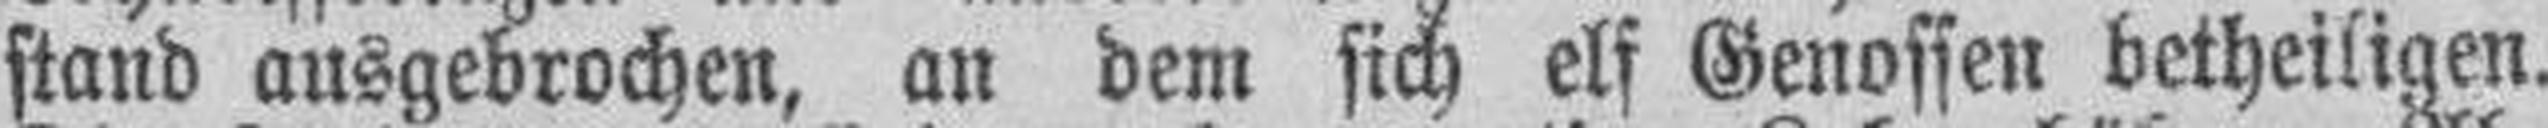
stand ausgebrochen, an dem sich elf Genossen betheiligen.